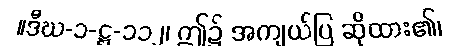
။ဒီဃ-၁-ဋ္ဌ-၁၁၂၊ ဤ၌ အကျယ်ပြ ဆိုထား၏၊